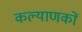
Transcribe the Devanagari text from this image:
कल्याणकों